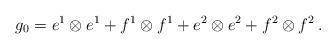
LaTeX: \begin{align*}g_0=e^1\otimes e^1+f^1\otimes f^1+e^2\otimes e^2+f^2\otimes f^2\,.\end{align*}